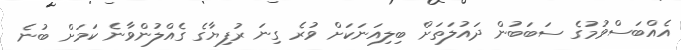
އެއްބަސްވުމުގެ ސަބަބުން ދައުލަތަށް ބިލިއަނަކަށް ވުރެ ގިނަ ރުފިޔާގެ ގެއްލުންވާނެ ކަމަށް ބުނެ